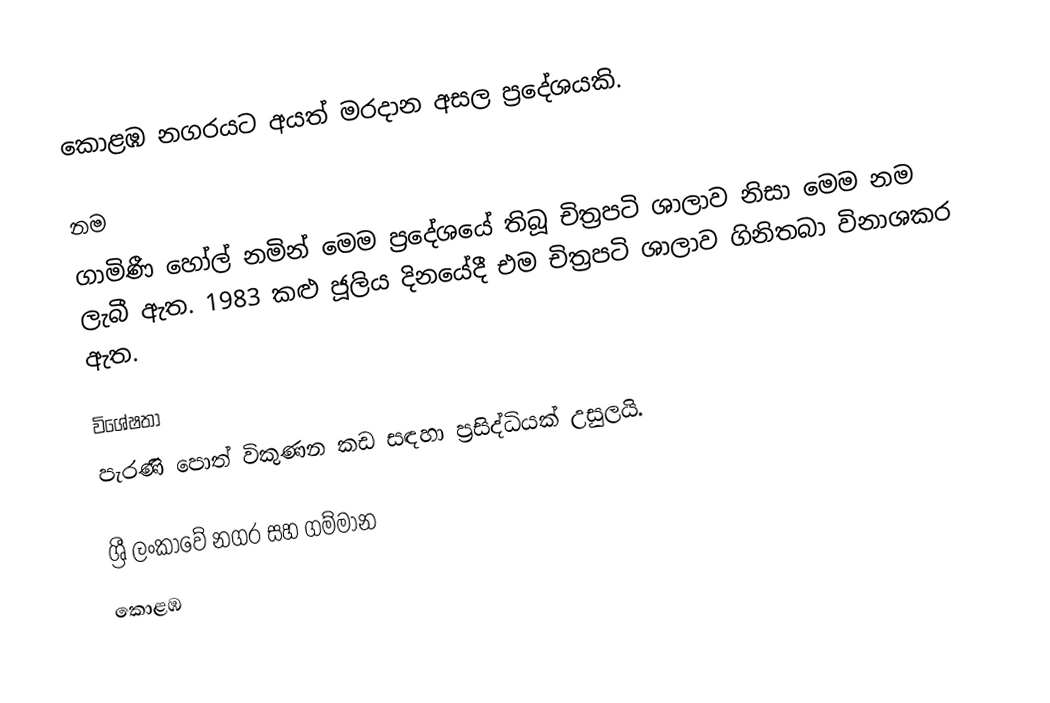
කොළඹ නගරයට අයත් මරදාන අසල ප්‍රදේශයකි.

නම
ගාමිණී හෝල් නමින් මෙම ප්‍රදේශයේ තිබූ චිත්‍රපටි ශාලාව නිසා මෙම නම ලැබී ඇත. 1983 කළු ජූලිය දිනයේදී එම  චිත්‍රපටි ශාලාව ගිනිතබා විනාශකර ඇත.

විශේෂතා
පැරණි පොත් විකුණන කඩ සඳහා ප්‍රසිද්ධියක් උසුලයි.

ශ්‍රී ලංකාවේ නගර සහ ගම්මාන
කොළඹ